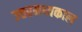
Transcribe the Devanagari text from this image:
उत्तरमध्यकाल